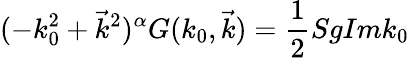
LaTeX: (-k_{0}^{2}+\vec{k}^{2})^{\alpha}G(k_{0},\vec{k})=\frac{1}{2}SgImk_{0}